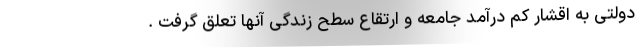
دولتی به اقشار کم درآمد جامعه و ارتقاع سطح زندگی آنها تعلق گرفت .